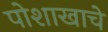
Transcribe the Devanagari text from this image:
पोशाखाचे